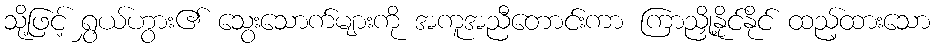
သို့ဖြင့် ရွှယ်ဟွား၏ သွေးသောက်များကို အကူအညီတောင်းကာ ကြာညှို့နိုင်နိုင် ထည့်ထားသော